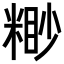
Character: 𥻠